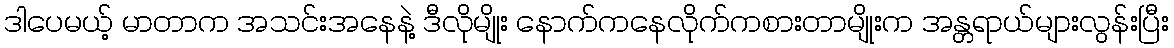
ဒါပေမယ့် မာတာက အသင်းအနေနဲ့ ဒီလိုမျိုး နောက်ကနေလိုက်ကစားတာမျိုးက အန္တရာယ်များလွန်းပြီး